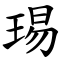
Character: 㻛